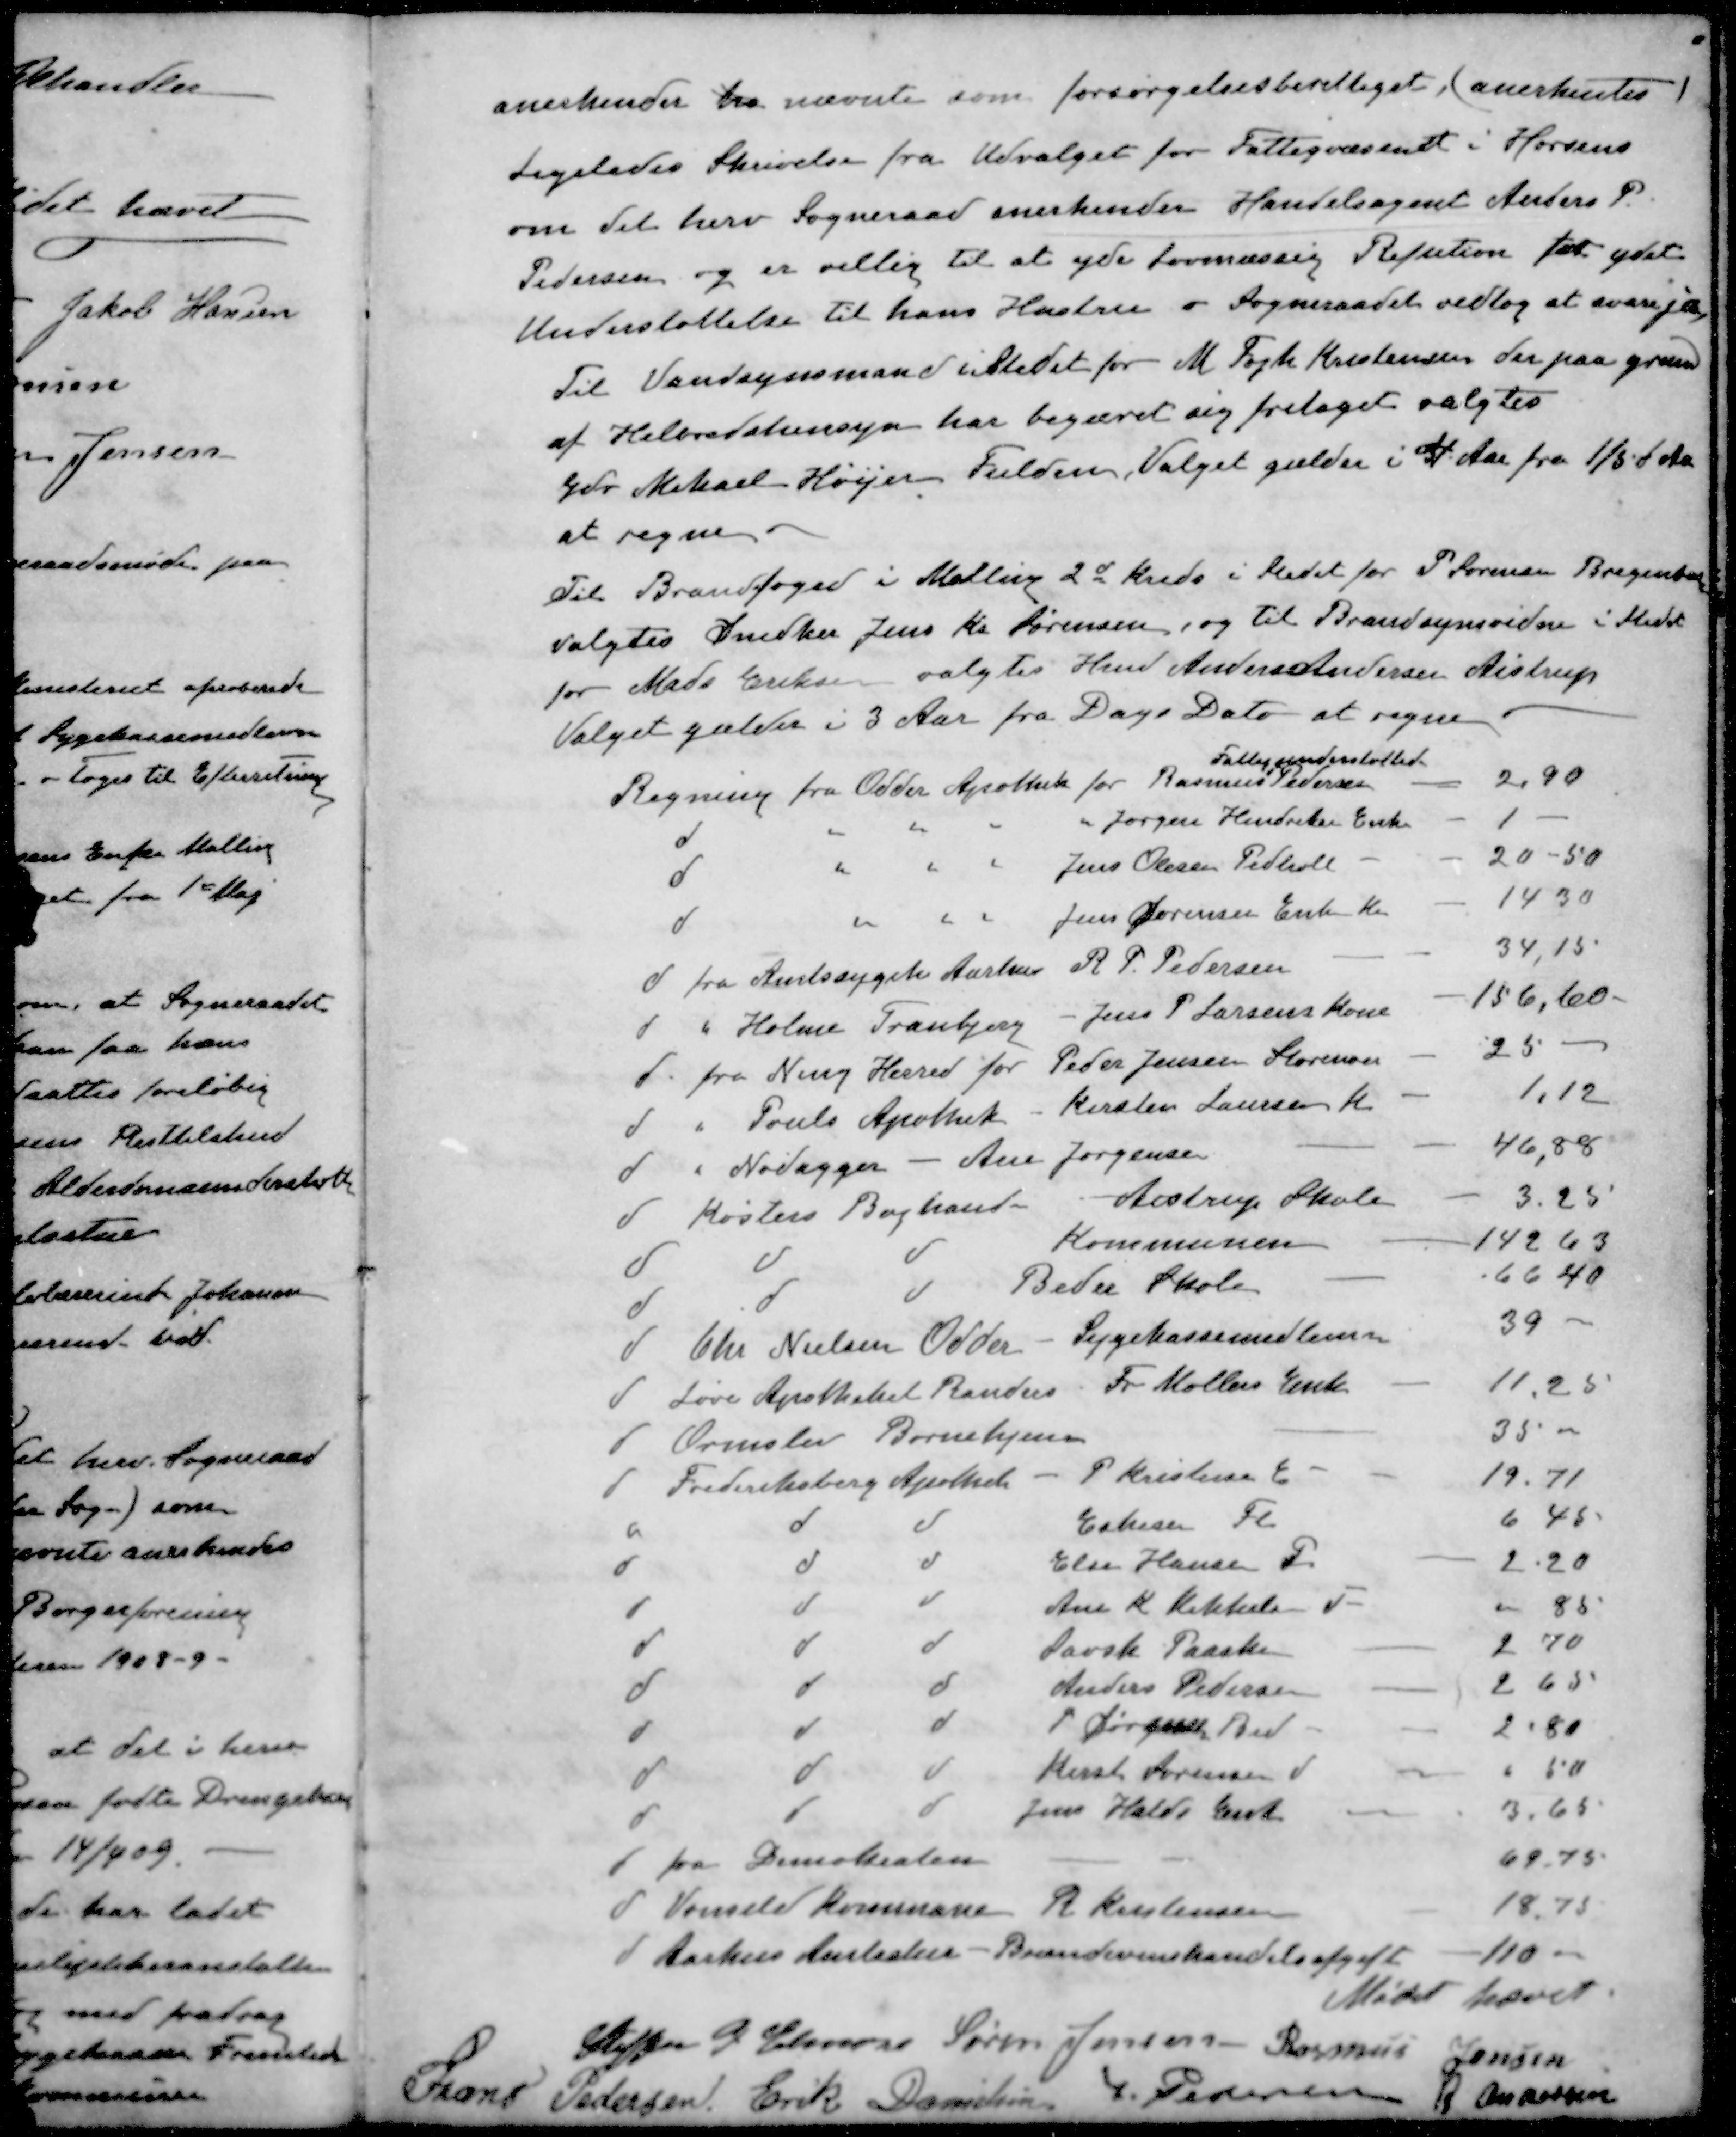
Transskription:
anerkender fra nævnte som forsørgelsesberettiget (anerkentes)
Ligeledes Skrivelse fra Udvalget for Fattigvæsenet i Horsens
om det herv Sogneraad anerkender Handelsagent Anders P.
Pedersen og er villig til at yde Lovmæssig Refution for ydet
Understøttelse til hans Hustru - Sogneraadet vedtog at svare ja
Til Vandsynsmand istedet for M Fogh Kristensen der paa grund
af Helbredshensyn har begæret sig fritaget valgtes
Gdr Mikael Høijer Fulden, Valget gælder i 4 Aar fra 1/5 d Aa
at regne.
Til Brandfoged i Malling 2d kreds i Stedet for P Sørensen Bregenballe
valgtes Snedker Jens Kr Sørensen, og til Brandsynsvidne i Stedet
for Mads Eriksen valgtes Hmd Anders Andersen Aistrup
-
Valget gælder i 3 Aar fra Dags Dato at regne
Fattigunderstøttede
Regning fra Odder Odder for Rasmus Pedersen
2,90
d " " " " Jørgen Hendriksen Enke
1
d " " "  Jens Olesen Pedholt
20-50
d " " " Jens Sørensen Enke Kr
14 30
d fra Amtssygeh. Aarhus R. P. Pedersen
34,15
d " Holme Tranbjerg - Jens P. Larsens Kone
156,60
d fra Ning Herred for Peder Jensen Storenor
25
d " Pouls Apothek Kirsten Laursen K
1,12
d " Nødagger - Ane Jørgensen
46,88
d Køsters Boghand- Aistrup Skole
3.25
d d d Kommunen
142 63
d d d Beder Skole
66 40
d Chr Nielsen Odder Sygekassemedlem
39
d Løve Apotheket Randers Fr Møllers Enke
11,25
d Ormslev Børnehjem
35 -
d Frederiksberg Apothek P Kristensen E -
19.71
d d d Eskesen Fl
6 45
d d d Else Hansen F
2.20
d d d Ane K Mikkelsen 
" 85
d d d Davsk Paaske
2 70
d d d Anders Pedersen
2 65
d d d P Jørgensen Bed
2.80
d d d Kirst Arensen V
" 50
d d d Jens Halds Enke
3.65
d fra Demokraten
69.75
d Vonsild Kommune R. Kristensen
18.75
d Aarhus Amtsstue - Brændevinshandelsafgift
110 -
Mødet hævet
Steffen P. Elmose
Søren Jensen
Rasmus Jensen
Frans Pedersen
Erik Danielsen
P. Pedersen
R Andersen